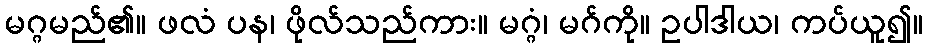
မဂ္ဂမည်၏။ ဖလံ ပန၊ ဖိုလ်သည်ကား။ မဂ္ဂံ၊ မဂ်ကို။ ဥပါဒါယ၊ ကပ်ယူ၍။